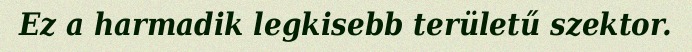
Ez a harmadik legkisebb területű szektor.